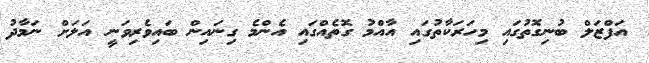
އަފްޒަލް ބުނިގޮތުގައި މިހަރަކާތުގައި އާއްމު ގޮތެއްގައި އެންމެ ގިނައިން ބައިވެރިވަނީ އަލަށް ނަމާދު